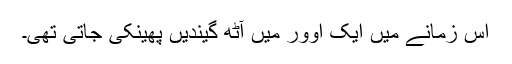
اس زمانے میں ایک اوور میں آٹھ گیندیں پھینکی جاتی تھی۔